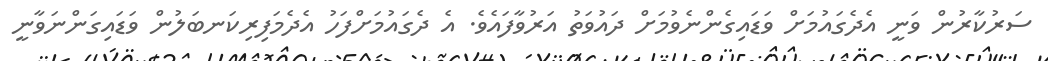
ސަރުކާރުން ވަނީ އެދެގައުމަށް ވަޑައިގެންނެވުމަށް ދައުވަތު އަރުވާފައެވެ. އެ ދެގައުމަށްފަހު އެދެމަފިރިކަނބަލުން ވަޑައިގަންނަވާނީ